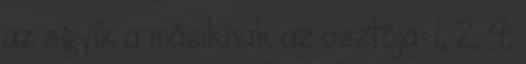
az egyik a másiknak az osztója: 1, 2, 4,